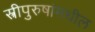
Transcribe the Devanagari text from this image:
स्त्रीपुरुषांमधील